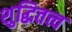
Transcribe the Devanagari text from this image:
शुद्धितत्त्व